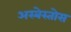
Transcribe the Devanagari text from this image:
अस्बेस्तोस